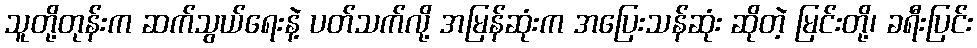
သူတို့တုန်းက ဆက်သွယ်ရေးနဲ့ ပတ်သက်လို့ အမြန်ဆုံးက အပြေးသန်ဆုံး ဆိုတဲ့ မြင်းတို့၊ ခရီးပြင်း